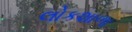
લોકશાળા